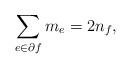
LaTeX: \begin{align*} \sum_{e \in \partial f} m_e = 2 n_f,\end{align*}